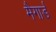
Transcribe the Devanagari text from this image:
मैगार्ड